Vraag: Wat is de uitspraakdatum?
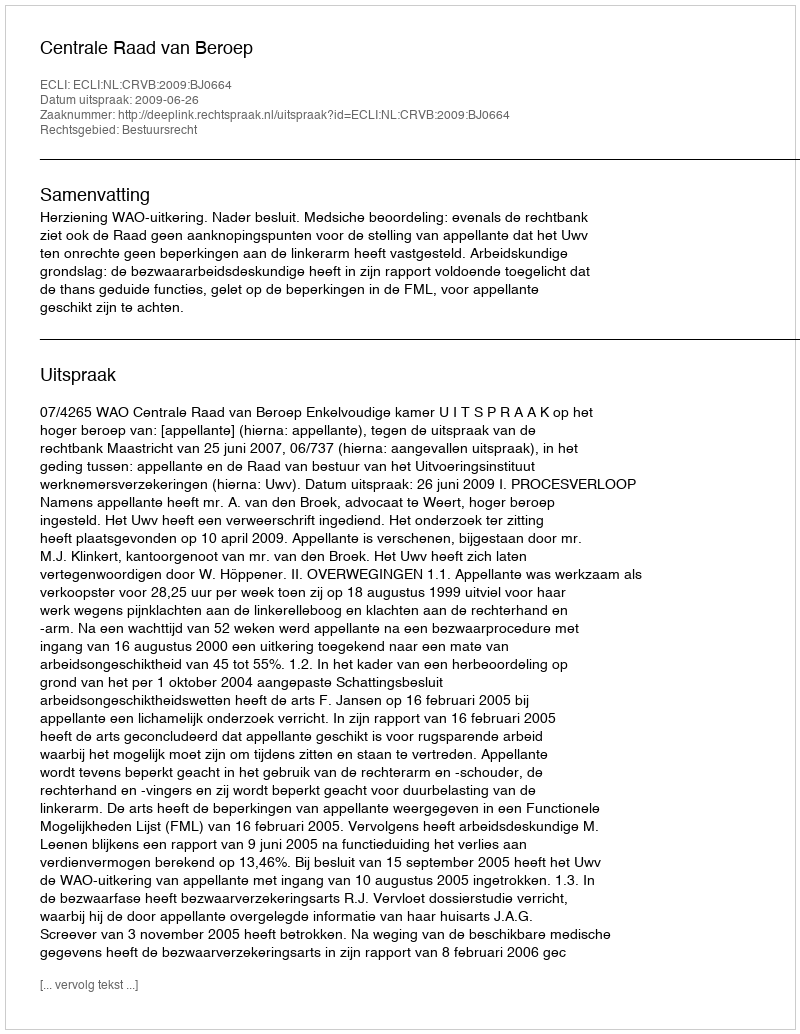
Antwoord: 2009-06-26